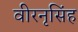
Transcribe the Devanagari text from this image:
वीरनृसिंह